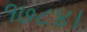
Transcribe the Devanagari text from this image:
१७८४।